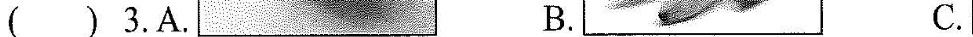
()3.A. B. C.